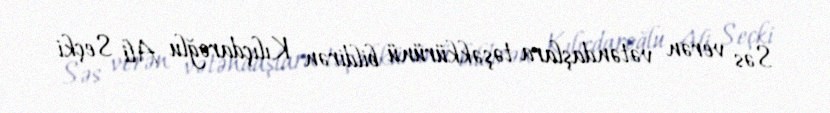
Səs verən vətəndaşlara təşəkkürünü bildirən Kılıçdaroğlu Ali Seçki